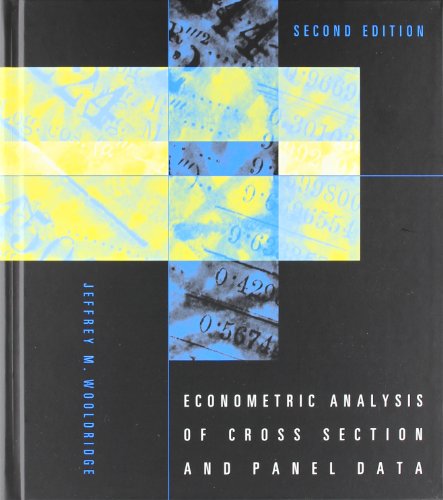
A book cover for Econometric Analysis of Cross Section and Panel Data; Jeffrey M Wooldridge; Business & Money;